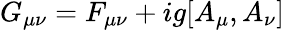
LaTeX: G_{\mu\nu}=F_{\mu\nu}+ig[A_{\mu},A_{\nu}]